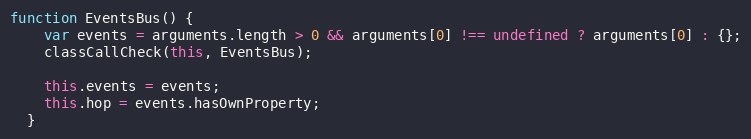
Language: JavaScript
function EventsBus() {
    var events = arguments.length > 0 && arguments[0] !== undefined ? arguments[0] : {};
    classCallCheck(this, EventsBus);

    this.events = events;
    this.hop = events.hasOwnProperty;
  }